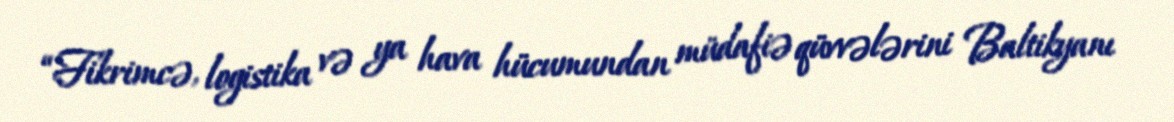
“Fikrimcə, logistika və ya hava hücumundan müdafiə qüvvələrini Baltikyanı